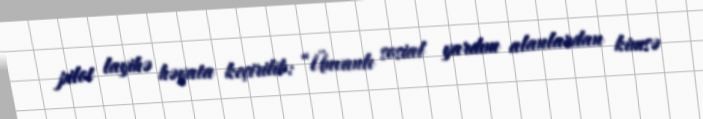
pilot layihə həyata keçirilib: “Ünvanlı sosial yardım alanlardan kimsə